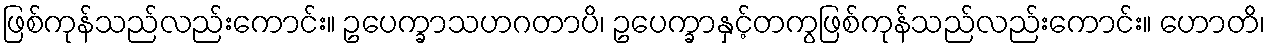
ဖြစ်ကုန်သည်လည်းကောင်း။ ဥပေက္ခာသဟဂတာပိ၊ ဥပေက္ခာနှင့်တကွဖြစ်ကုန်သည်လည်းကောင်း။ ဟောတိ၊